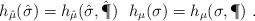
LaTeX: \begin{align*}h_{\hat{\mu}}(\hat{\sigma}) = h_{\hat{\mu}}(\hat{\sigma},\hat{\P}) \ \ h_\mu(\sigma) = h_\mu(\sigma,\P) \ .\end{align*}